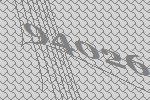
94026